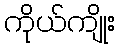
ကိုယ်ကျိုး